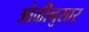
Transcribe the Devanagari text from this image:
ओळीनुसार